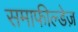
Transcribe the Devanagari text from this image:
समाफील्डेज़